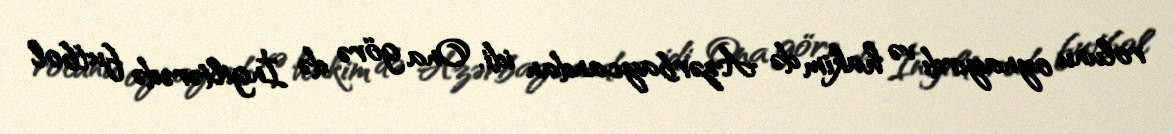
rolunu oynayırdı və hakim də Azərbaycandan idi. Ona görə də İngiltərədə futbol